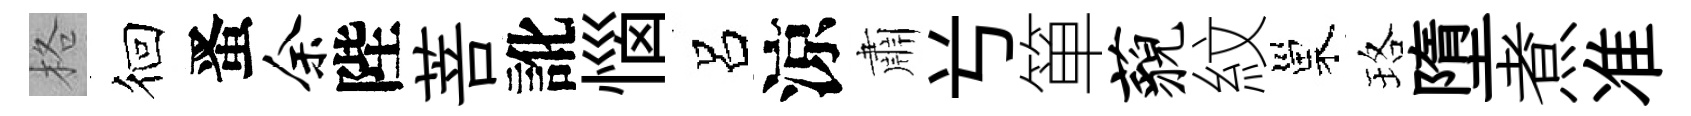
格徊󱉠余陛菩訛惱呂涼肅𠔃箪藐紋巢珞墮煮准